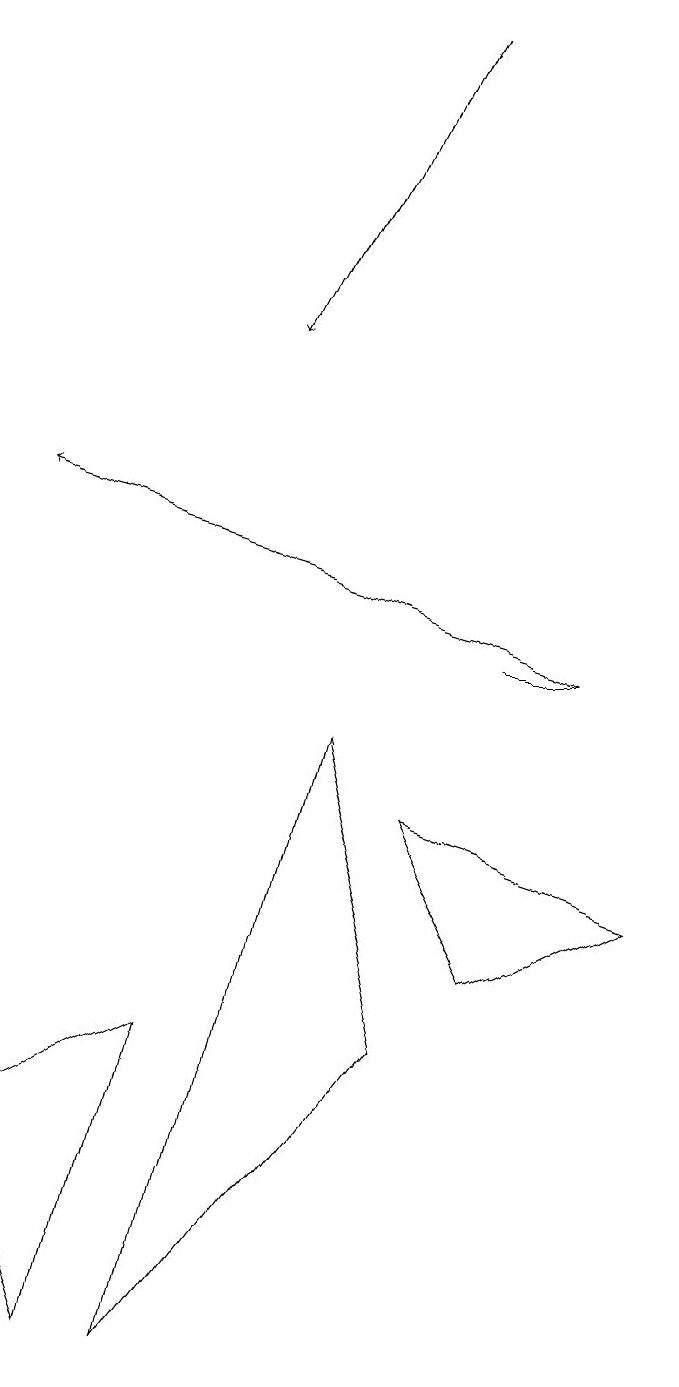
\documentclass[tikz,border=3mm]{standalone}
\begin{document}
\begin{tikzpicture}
\draw (7,10) rectangle (6,10);
\draw[->] (5,18) -- (3,14);
\draw (2,5) -- (0,4) -- (1,1) -- cycle;
\draw[->] (7,10) -- (0,12);
\draw (5,5) -- (4,9) -- (2,1) -- cycle;
\draw (5,8) -- (8,7) -- (6,6) -- cycle;
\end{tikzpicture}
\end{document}